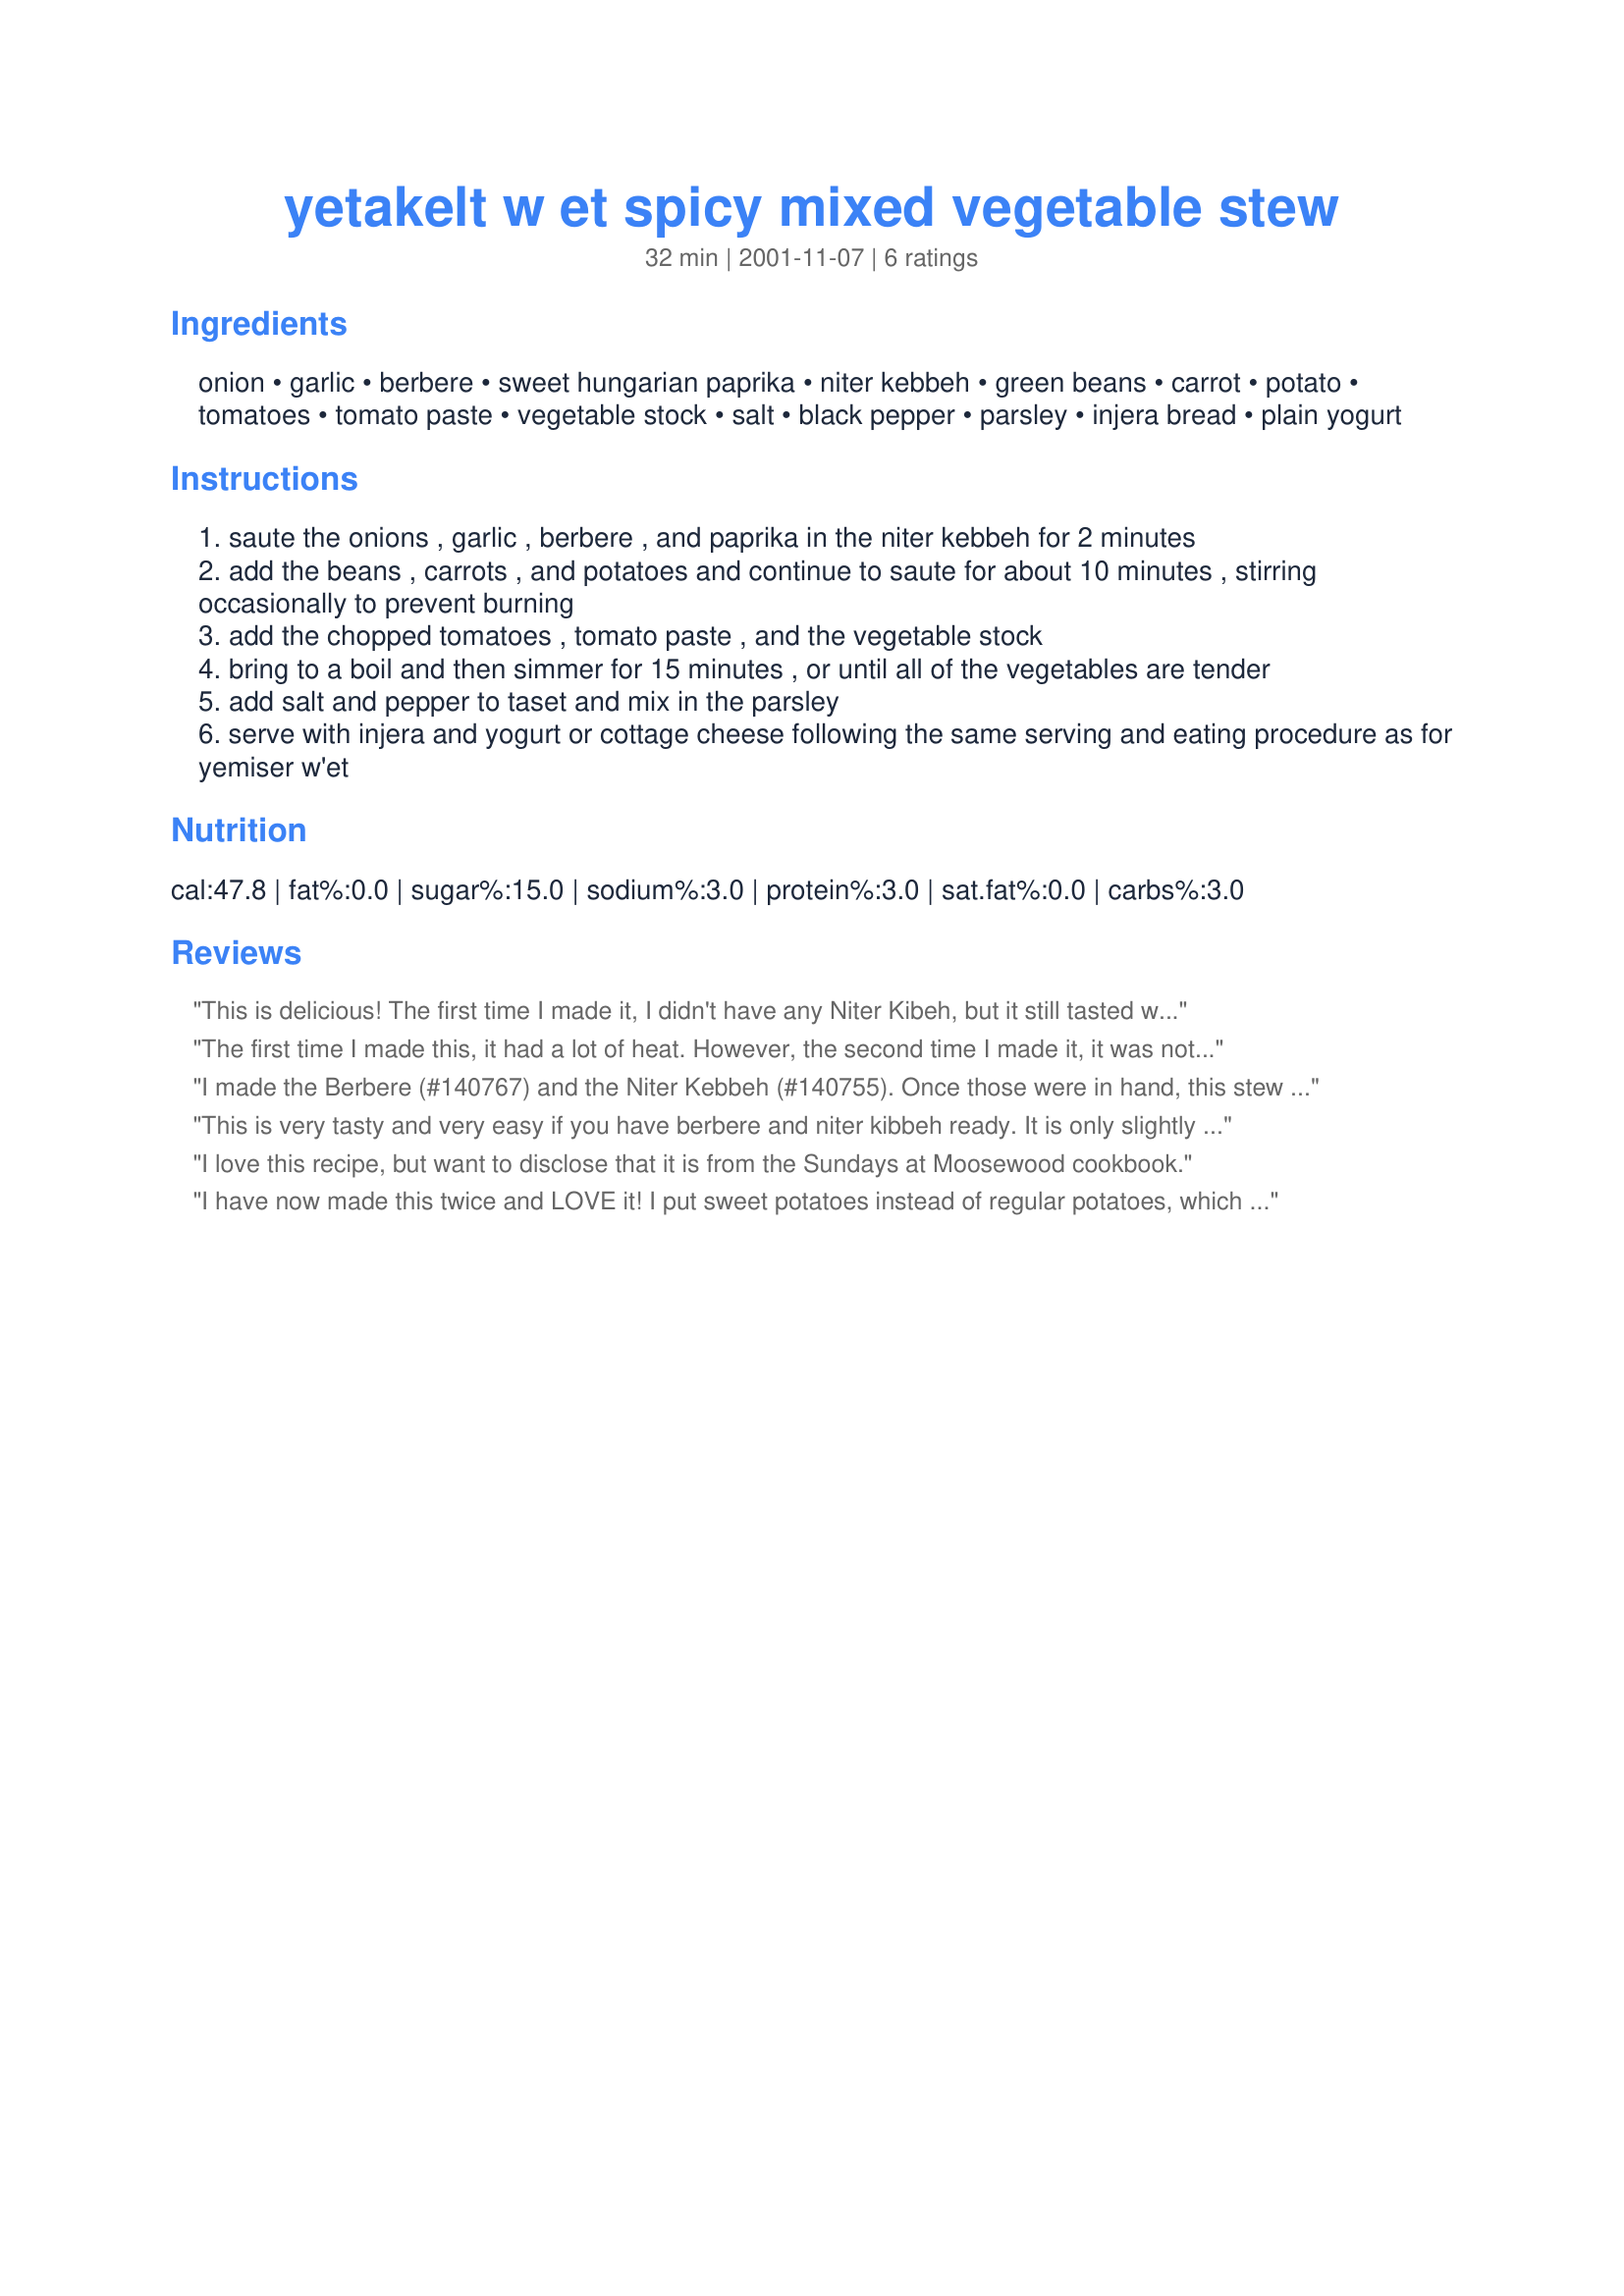
yetakelt w et spicy mixed vegetable stew
Preparation time: 32 minutes

Ingredients:
onion, garlic, berbere, sweet hungarian paprika, niter kebbeh, green beans, carrot, potato, tomatoes, tomato paste, vegetable stock, salt, black pepper, parsley, injera bread, plain yogurt

Steps:
saute the onions , garlic , berbere , and paprika in the niter kebbeh for 2 minutes
add the beans , carrots , and potatoes and continue to saute for about 10 minutes , stirring occasionally to prevent burning
add the chopped tomatoes , tomato paste , and the vegetable stock
bring to a boil and then simmer for 15 minutes , or until all of the vegetables are tender
add salt and pepper to taset and mix in the parsley
serve with injera and yogurt or cottage cheese following the same serving and eating procedure as for yemiser w'et

Reviews:
This is delicious! The first time I made it, I didn't have any Niter Kibeh, but it still tasted wonderful with plain butter. The second time I made it, I used Niter Kibeh but reduced the quantity to 2 tbsp. Thanks for a great recipe!
The first time I made this, it had a lot of heat. However, the second time I made it, it was not so bad. I really love this stew. I used sweet potatoes the second time around and it turned out great.
I made the Berbere (#140767) and the Niter Kebbeh (#140755). Once those were in hand, this stew was very easy to put together. Instead of carrots (Had none) I used peas and corn with the string beans and diced tomatoes. Quite spicy but not overpoweringly so. I really enjoyed this. Thanks, Evangelia!
This is very tasty and very easy if you have berbere and niter kibbeh ready. It is only slightly less easy if you need to make them first. It's VERY spicy but flavorful and satisfying. I had good results substituting a 15 oz. can of diced tomatoes for the chopped tomatoes and tomato sauce. It is also good served over rice if you don't want to make injera (teff pancackes).

I love this recipe, but want to disclose that it is from the Sundays at Moosewood cookbook.
I have now made this twice and LOVE it! I put sweet potatoes instead of regular potatoes, which made it sweet and spicy at the same time. The second time I also threw in some chicken thighs and let it simmer for an hour. It made it a complete meal with protein.
